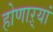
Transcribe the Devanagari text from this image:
होणाऱ्यां